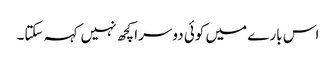
اس بارے میں کوئی دوسرا کچھ نہیں کہہ سکتا۔